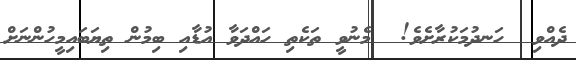
ދެއްވި  ހަނދުމަކުރާށެވެ!  މެނުވީ ތަކެތި ހައްދަވާ އުޑާއި ބިމުން ތިޔަބައިމީހުންނަށް